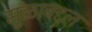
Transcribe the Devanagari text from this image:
मुळाबद्दल